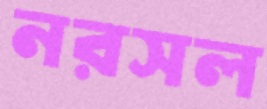
নরসল